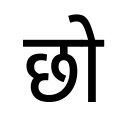
OCR:
छो